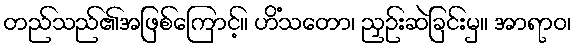
တည်သည်၏အဖြစ်ကြောင့်။ ဟိံသတော၊ ညှဉ်းဆဲခြင်းမှ။ အာရာဝ၊